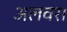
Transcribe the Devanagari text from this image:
अलवर।